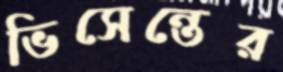
ভিসেন্তের